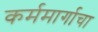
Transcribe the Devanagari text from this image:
कर्ममार्गाचा